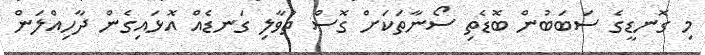
މި ގޮނޑީގެ ސަބަބުން ބޮޑެތި ސޯނާތަކަށް ގޮސް ތުވާލި ގަނޑެއް އޮޅައިގެން ދާހިއްލަން